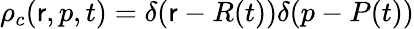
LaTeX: \rho_{c}(\mathsf{r},p,t)=\delta(\mathsf{r}-R(t))\delta(p-P(t))